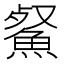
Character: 䱗